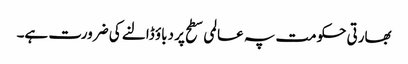
بھارتی حکومت پہ عالمی سطح پر دباؤ ڈالنے کی ضرورت ہے۔